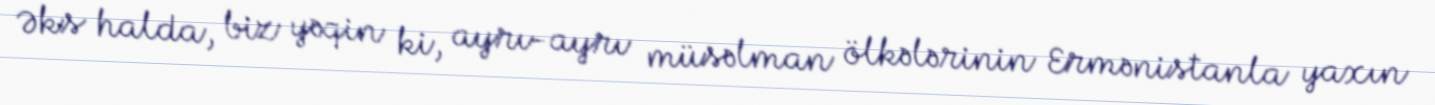
Əks halda, biz yəqin ki, ayrı-ayrı müsəlman ölkələrinin Ermənistanla yaxın